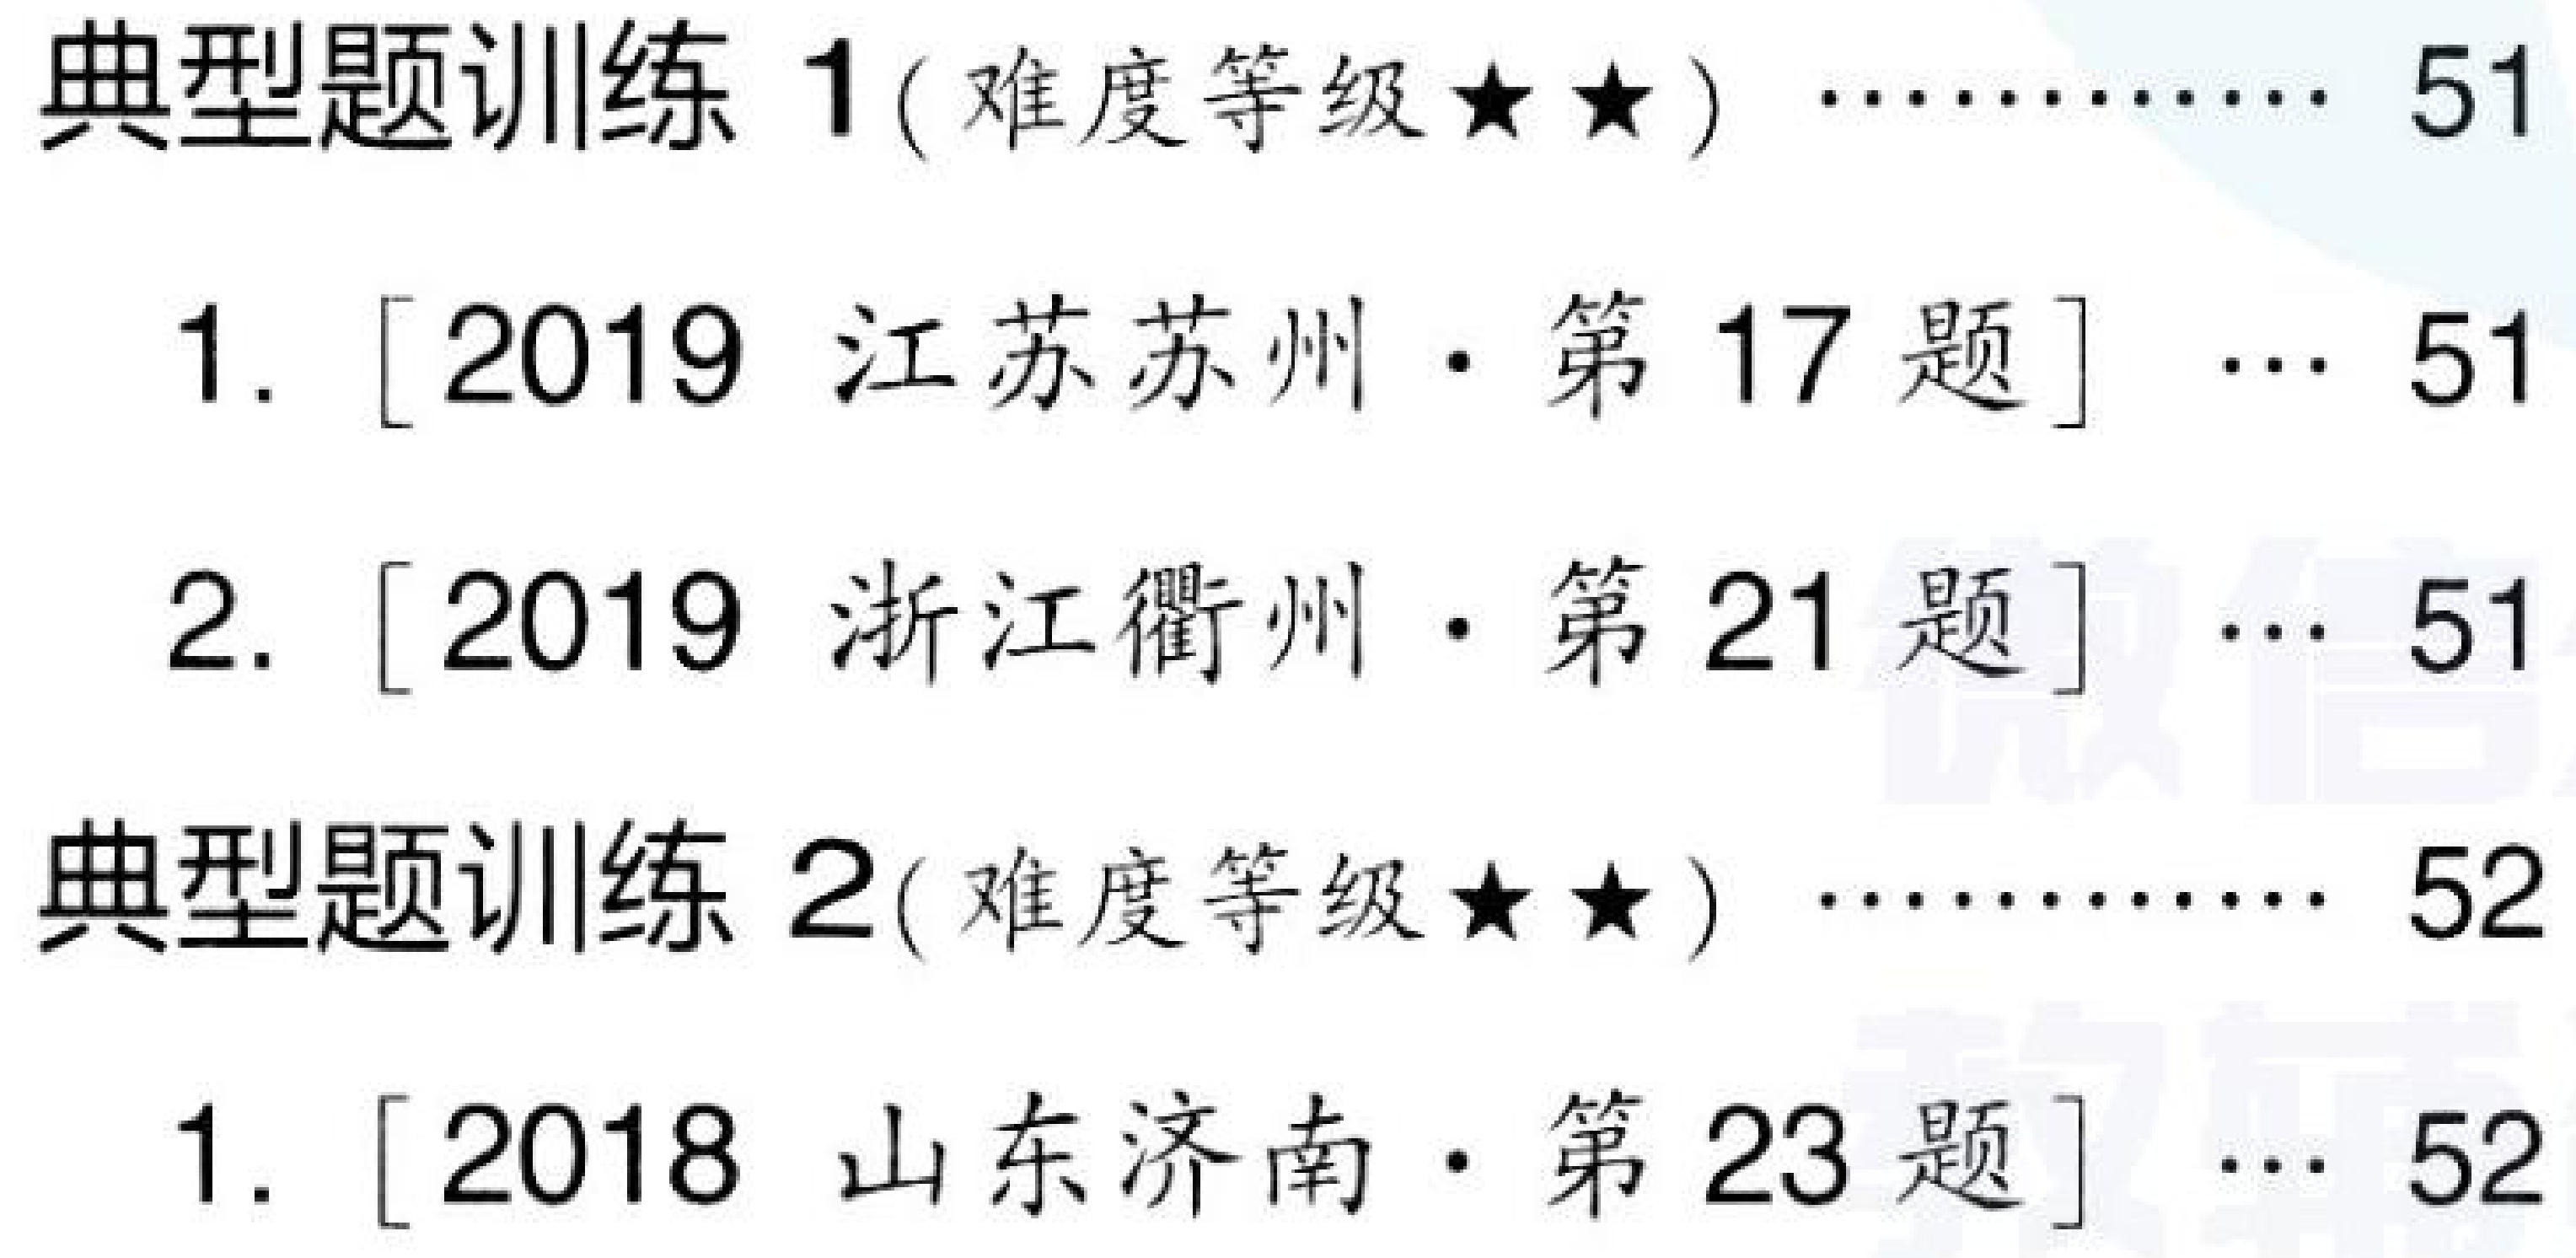
典型题训练 1( 难度等级$\star\star$) $\cdots\cdots$ 51\\
\ \ \ 1. [2019 江苏苏州$\cdot$第 17 题] $\cdots$ 51\\
\ \ \ 2. [2019 浙江衢州$\cdot$第 21 题] $\cdots$ 51\\
典型题训练 2( 难度等级$\star\star$) $\cdots\cdots$ 52\\
\ \ \ 1. [2018 山东济南$\cdot$第 23 题] $\cdots$ 52